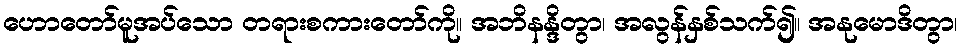
ဟောတော်မူအပ်သော တရားစကားတော်ကို။ အဘိနန္ဒိတွာ၊ အလွန်နှစ်သက်၍။ အနုမောဒိတွာ၊